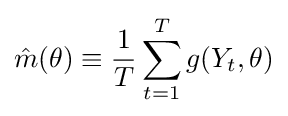
{\hat {m}}(\theta )\equiv {\frac {1}{T}}\sum _{t=1}^{T}g(Y_{t},\theta )